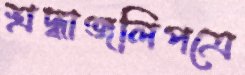
শ্রদ্ধাঞ্জলিপত্রে